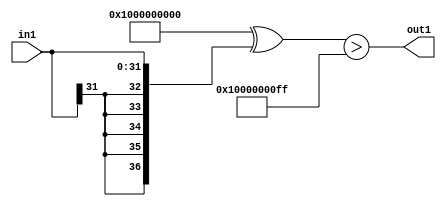
`timescale 1ps / 1ps
/*****************************************************************************
    Verilog RTL Description
    
    
    Created by: Stratus DpOpt 21.05.01 
*******************************************************************************/

module SobelFilter_Gti255s32_4 (
	in1,
	out1
	); /* architecture "behavioural" */ 
input [31:0] in1;
output  out1;
wire  asc001;

assign asc001 = ((37'B1000000000000000000000000000000000000 ^ {{5{in1[31]}}, in1})>(37'B1000000000000000000000000000000000000
    ^ 37'B0000000000000000000000000000011111111));

assign out1 = asc001;
endmodule

/* CADENCE  uLL1Qws= : u9/ySxbfrwZIxEzHVQQV8Q== ** DO NOT EDIT THIS LINE ******/